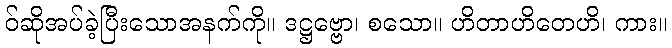
ဝ်ဆိုအပ်ခဲ့ပြီးသောအနက်ကို။ ဒဋ္ဌဗ္ဗော၊ စသော။ ဟိတာဟိတေဟိ၊ ကား။